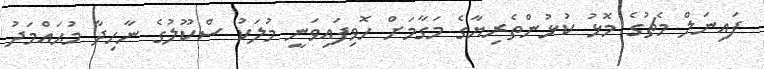
ފައިނަލް މެޗުގެ މޮޅު ކުޅުންތެރިޔާގެ މަގާމަށް ހޮވިފައިވަނީ މުލަކު ސްކޫލުގެ ނާހިދާ މުޙައްމަދު